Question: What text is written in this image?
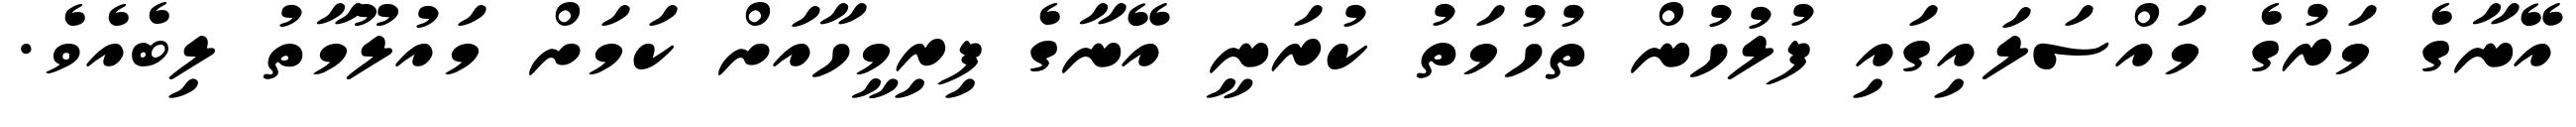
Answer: އޭނާގެ މަރުގެ މައްސަލައިގައި ފުލުހުން ތުހުމަތު ކުރަނީ އޭނާގެ ފިރިމީހާއަށް ކަމަށް މައުލޫމާތު ލިބެއެވެ.